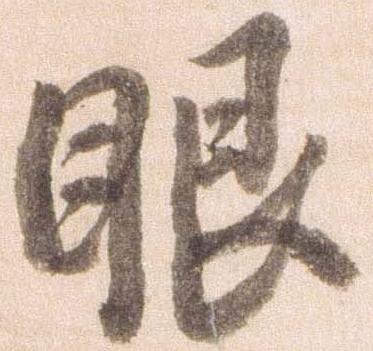
眼